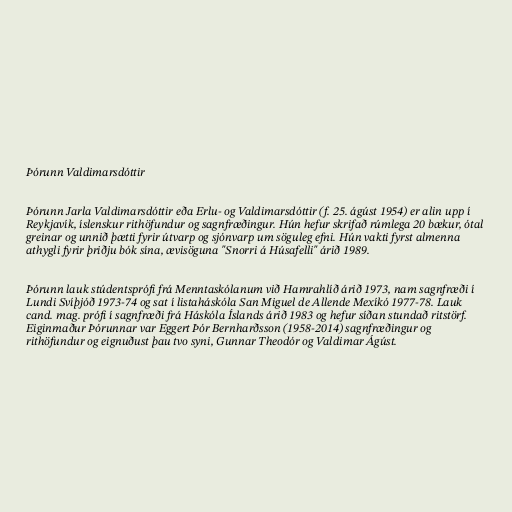
Þórunn Valdimarsdóttir

Þórunn Jarla Valdimarsdóttir eða Erlu- og Valdimarsdóttir (f. 25. ágúst 1954) er alin upp í
Reykjavík, íslenskur rithöfundur og sagnfræðingur. Hún hefur skrifað rúmlega 20 bækur, ótal
greinar og unnið þætti fyrir útvarp og sjónvarp um söguleg efni. Hún vakti fyrst almenna
athygli fyrir þriðju bók sína, ævisöguna "Snorri á Húsafelli" árið 1989.

Þórunn lauk stúdentsprófi frá Menntaskólanum við Hamrahlíð árið 1973, nam sagnfræði í
Lundi Svíþjóð 1973-74 og sat í listaháskóla San Miguel de Allende Mexíkó 1977-78. Lauk
cand. mag. prófi í sagnfræði frá Háskóla Íslands árið 1983 og hefur síðan stundað ritstörf.
Eiginmaður Þórunnar var Eggert Þór Bernharðsson (1958-2014) sagnfræðingur og
rithöfundur og eignuðust þau tvo syni, Gunnar Theodór og Valdimar Ágúst.